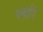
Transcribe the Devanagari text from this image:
यद्मपि